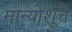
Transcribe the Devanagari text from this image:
मान्योशूचे